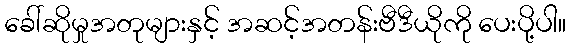
ခေါ်ဆိုမှုအတုများနှင့် အဆင့်အတန်းဗီဒီယိုကို ပေးပို့ပါ။